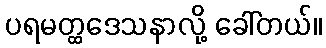
ပရမတ္ထဒေသနာလို့ ခေါ်တယ်။